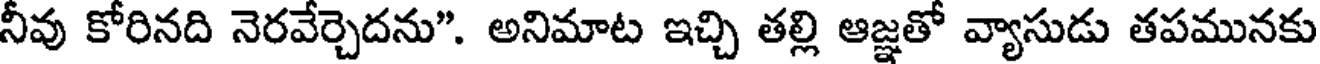
నీవు కోరినది నెరవేర్చెదను". అనిమాట ఇచ్చి తల్లి ఆజ్ఞతో వ్యాసుడు తపమునకు